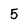
Character: 5